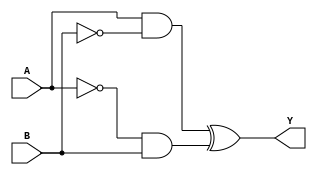
module xor_gate_using_pass_gates(
    input A,
    input B,
    output Y
);

wire pass_gate_A, pass_gate_B;

assign pass_gate_A = A & ~B;
assign pass_gate_B = ~A & B;

assign Y = pass_gate_A ^ pass_gate_B;

endmodule